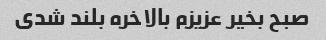
صبح بخیر عزیزم بالاخره بلند شدی